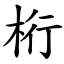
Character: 桁